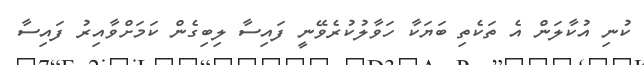
ކުނި އުކާލަން އެ ތަކެތި ބަޔަކާ ހަވާލުކުރެވޭނީ ފައިސާ ލިބިގެން ކަމަށްވާއިރު ފައިސާ